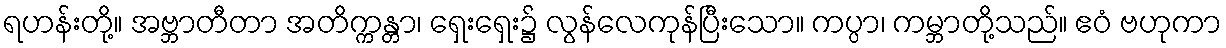
ရဟန်းတို့။ အဗ္ဘာတီတာ အတိက္ကန္တာ၊ ရှေးရှေး၌ လွန်လေကုန်ပြီးသော။ ကပ္ပာ၊ ကမ္ဘာတို့သည်။ ဧဝံ ဗဟုကာ